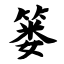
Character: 篓